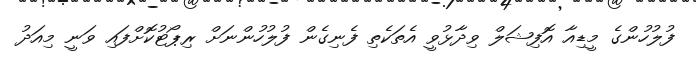
ފުލުހުންގެ މީޑިއާ އޮފިޝަލް ވިދާޅުވީ އެތަކެތި ފެނިގެން ފުލުހުންނަށް ރިޕޯޓުކޮށްފައި ވަނީ މިއަދު